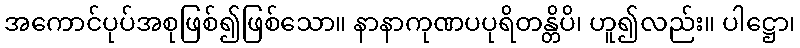
အကောင်ပုပ်အစုဖြစ်၍ဖြစ်သော။ နာနာကုဏပပုရိတန္တိပိ၊ ဟူ၍လည်း။ ပါဋ္ဌော၊